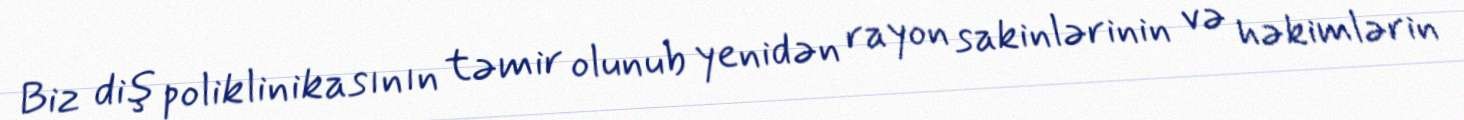
Biz diş poliklinikasının təmir olunub yenidən rayon sakinlərinin və həkimlərin